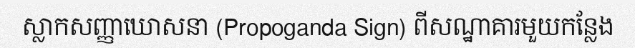
ស្លាកសញ្ញាឃោសនា (Propoganda Sign) ពីសណ្ឋាគារមួយកន្លែង